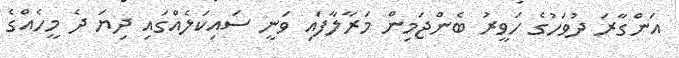
އަންގާރަ ދުވަހުގެ ހަވީރު ބެންޖަމިން މަރާލާފައި ވަނީ ސައިކަލެއްގައި ދިޔަ ދެ މީހެއްގެ